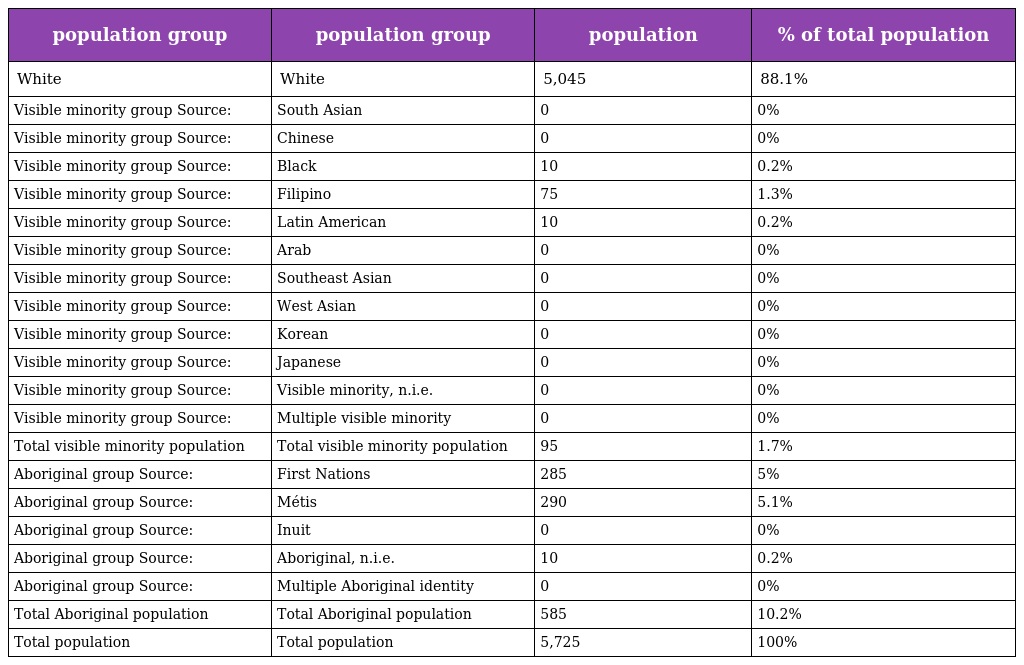
| population group | population group | population | % of total population |
 | --- | --- | --- | --- |
 | White | White | 5,045 | 88.1% |
 | Visible minority group Source: | South Asian | 0 | 0% |
 | Visible minority group Source: | Chinese | 0 | 0% |
 | Visible minority group Source: | Black | 10 | 0.2% |
 | Visible minority group Source: | Filipino | 75 | 1.3% |
 | Visible minority group Source: | Latin American | 10 | 0.2% |
 | Visible minority group Source: | Arab | 0 | 0% |
 | Visible minority group Source: | Southeast Asian | 0 | 0% |
 | Visible minority group Source: | West Asian | 0 | 0% |
 | Visible minority group Source: | Korean | 0 | 0% |
 | Visible minority group Source: | Japanese | 0 | 0% |
 | Visible minority group Source: | Visible minority, n.i.e. | 0 | 0% |
 | Visible minority group Source: | Multiple visible minority | 0 | 0% |
 | Total visible minority population | Total visible minority population | 95 | 1.7% |
 | Aboriginal group Source: | First Nations | 285 | 5% |
 | Aboriginal group Source: | Métis | 290 | 5.1% |
 | Aboriginal group Source: | Inuit | 0 | 0% |
 | Aboriginal group Source: | Aboriginal, n.i.e. | 10 | 0.2% |
 | Aboriginal group Source: | Multiple Aboriginal identity | 0 | 0% |
 | Total Aboriginal population | Total Aboriginal population | 585 | 10.2% |
 | Total population | Total population | 5,725 | 100% |